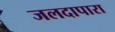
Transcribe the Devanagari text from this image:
जलदापारा